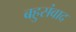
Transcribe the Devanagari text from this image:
बहुसंवाद